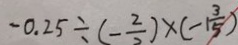
- 0 . 2 5 \div ( - \frac { 2 } { 2 } ) \times ( - 1 \frac { 3 } { 5 } )